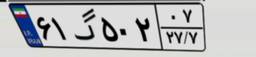
۶۱گ۵۰۲۰۷